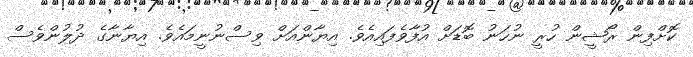
ކޮށްފިން ރޯޝީން ހުރީ ނުހަނު ބޮޑަށް އުފާވެފައިއެވެ. އިޔާންއަށް ވިސްނުނީމައެވެ. އިޔާނާގެ ދުލުންވެސް